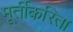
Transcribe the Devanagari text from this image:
मूर्तीकरिता